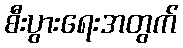
စီးပွားရေးအတွက်